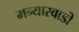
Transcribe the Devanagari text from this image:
मन्यारवाडी